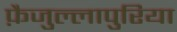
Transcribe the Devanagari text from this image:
फ़ैजुल्लापुरिया